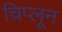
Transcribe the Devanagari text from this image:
चिप्लून